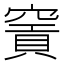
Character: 𥧡